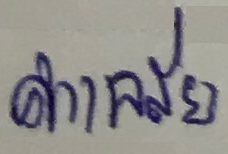
ค่าเฉลี่ย